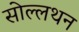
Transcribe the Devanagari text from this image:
सोल्लथन